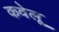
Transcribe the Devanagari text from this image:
कवेलू